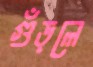
গুঁড়লে